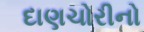
દાણચોરીનો